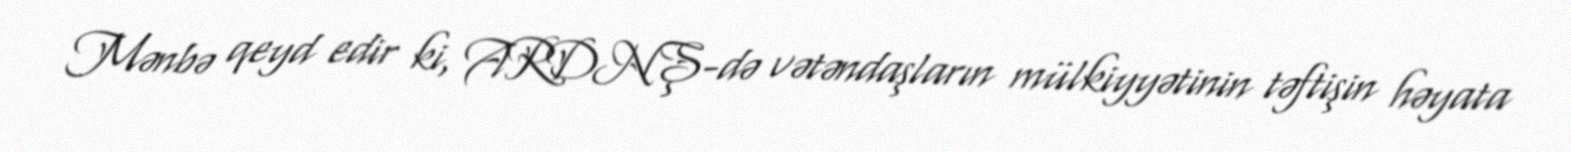
Mənbə qeyd edir ki, ARDNŞ-də vətəndaşların mülkiyyətinin təftişin həyata